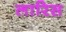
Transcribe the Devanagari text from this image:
लारिस